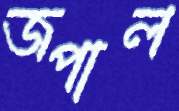
জপাল